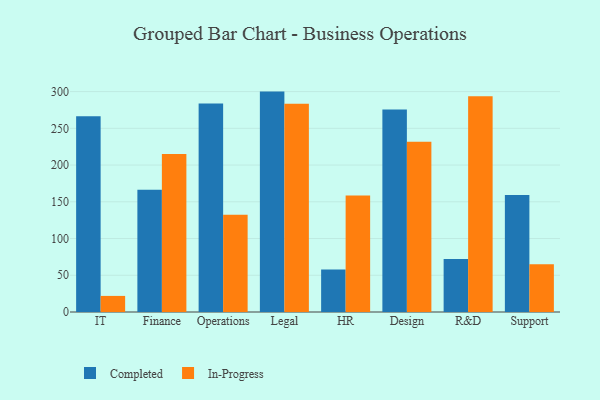
{"axis": {"x": "Department", "y": "Shipments"}, "legend": ["Completed", "In-Progress"], "data": [{"x": "IT", "y": 266.4, "type": "Completed"}, {"x": "IT", "y": 21.9, "type": "In-Progress"}, {"x": "Finance", "y": 166.3, "type": "Completed"}, {"x": "Finance", "y": 215.2, "type": "In-Progress"}, {"x": "Operations", "y": 283.8, "type": "Completed"}, {"x": "Operations", "y": 132.5, "type": "In-Progress"}, {"x": "Legal", "y": 300.0, "type": "Completed"}, {"x": "Legal", "y": 283.3, "type": "In-Progress"}, {"x": "HR", "y": 57.8, "type": "Completed"}, {"x": "HR", "y": 158.6, "type": "In-Progress"}, {"x": "Design", "y": 275.7, "type": "Completed"}, {"x": "Design", "y": 231.6, "type": "In-Progress"}, {"x": "R&D", "y": 72.2, "type": "Completed"}, {"x": "R&D", "y": 293.8, "type": "In-Progress"}, {"x": "Support", "y": 159.2, "type": "Completed"}, {"x": "Support", "y": 65.1, "type": "In-Progress"}]}